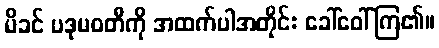
မိခင် ပဒုမဝတီကို အထက်ပါအတိုင်း ခေါ်ဝေါ်ကြ၏။